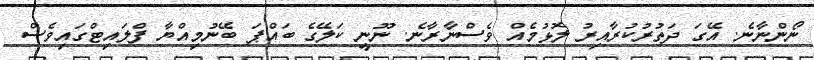
ނޯންނާނެ. އޭގަ ދަތުރުކުރާއިރު ލޮޅުމެއް ވެސްނާރާނެ. ނޫނީ ކަލޭގެ ބައްޕަ ބޭނުމިއްޔާ ފްލައިޓްގައިވެސް